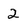
Character: 2